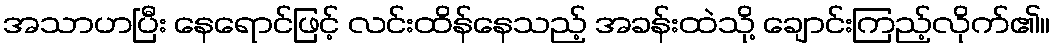
အသာဟပြီး နေရောင်ဖြင့် လင်းထိန်နေသည့် အခန်းထဲသို့ ချောင်းကြည့်လိုက်၏။